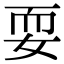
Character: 耍